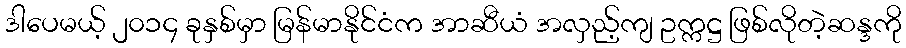
ဒါပေမယ့် ၂၀၁၄ ခုနှစ်မှာ မြန်မာနိုင်ငံက အာဆီယံ အလှည့်ကျ ဥက္ကဋ္ဌ ဖြစ်လိုတဲ့ဆန္ဒကို